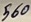
Text: 560